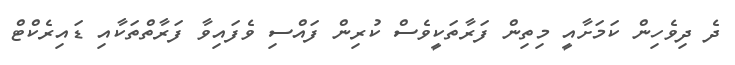
ދެ ދިވެހިން ކަމަށާއީ މިތިން ފަރާތަކީވެސް ކުރިން ފައްސި ވެފައިވާ ފަރާތްތަކާއި ޑައިރެކްޓް